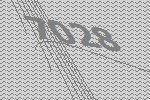
7028